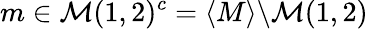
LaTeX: m\in\mathcal{M}(1,2)^{c}=\langle M\rangle\backslash\mathcal{M}(1,2)